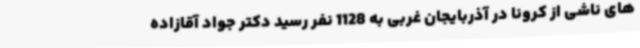
های ناشی از کرونا در آذربایجان غربی به 1128 نفر رسید دکتر جواد آقازاده